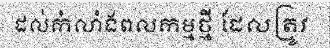
ដល់កំលាំងពលកម្មថ្មី ដែលត្រូវ